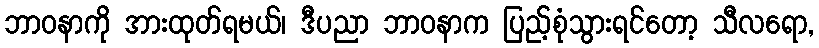
ဘာဝနာကို အားထုတ်ရမယ်၊ ဒီပညာ ဘာဝနာက ပြည့်စုံသွားရင်တော့ သီလရော,